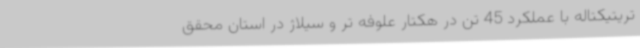
تریتیکتاله با عملکرد 45 تن در هکتار علوفه تر و سیلاژ در استان محقق